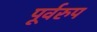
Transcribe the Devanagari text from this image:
पूर्वरुप